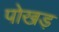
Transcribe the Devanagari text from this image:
पोखड़